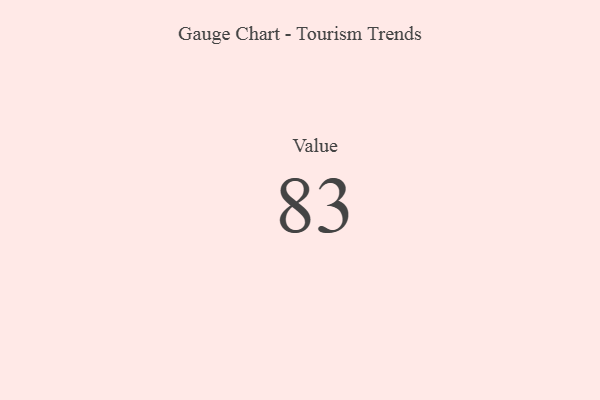
{"axis": {"x": "Metric", "y": "Value"}, "legend": [""], "data": [{"x": "Value", "y": 83, "type": ""}]}